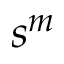
s ^ { m }